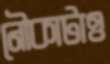
নৌকাটাও